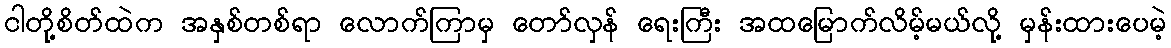
ငါတို့စိတ်ထဲက အနှစ်တစ်ရာ လောက်ကြာမှ တော်လှန် ရေးကြီး အထမြောက်လိမ့်မယ်လို့ မှန်းထားပေမဲ့